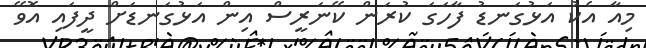
މިއާ އެކު އަޅުގަނޑު ފާހަގަ ކުރަން ކޭނަރީސް އިން އަޅުގަނޑަށް ދީފައި އޮވޭ